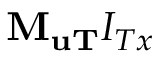
{ { \mathbf { M } } _ { { \mathbf { u T } } } } { I _ { T x } }